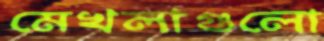
মেখলাগুলো